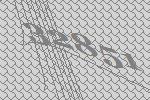
32851